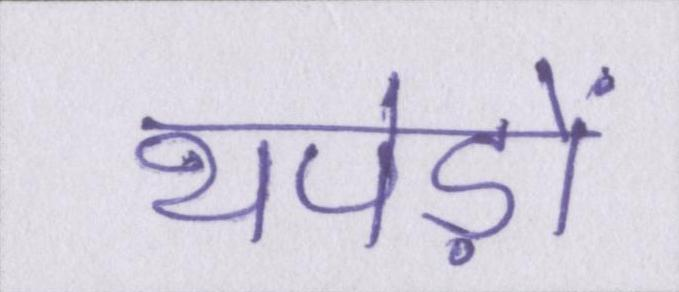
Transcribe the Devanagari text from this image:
थपेड़ों